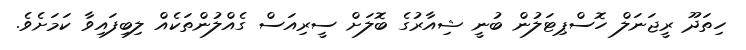
ހިތަދޫ ރީޖަނަލް ހޮސްޕިޓަލުން ބުނީ ޝިއާރުގެ ބޮލަށް ސީރިއަސް ގެއްލުންތަކެއް ލިބިފައިވާ ކަމަށެވެ.